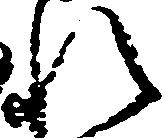
れ